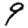
Digit: 9